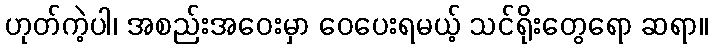
ဟုတ်ကဲ့ပါ၊ အစည်းအဝေးမှာ ဝေပေးရမယ့် သင်ရိုးတွေရော ဆရာ။